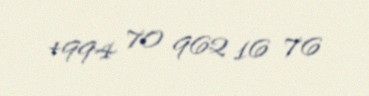
+994 70 962 16 76